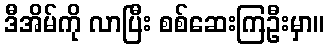
ဒီအိမ်ကို လာပြီး စစ်ဆေးကြဦးမှာ။